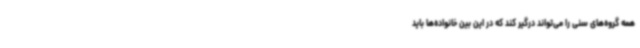
همه گروه‌های سنی را می‌تواند درگیر کند که در این بین خانواده‌ها باید